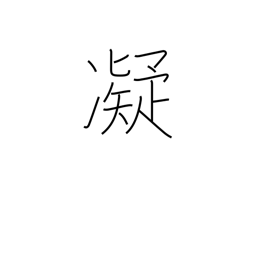
Meaning: stiff